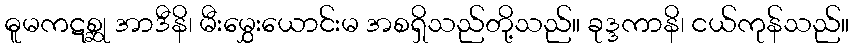
ဓူမကဋစ္ဆု အာဒီနိ၊ မီးမွှေးယောင်းမ အစရှိသည်တို့သည်။ ခုဒ္ဒကာနိ၊ ငယ်ကုန်သည်။